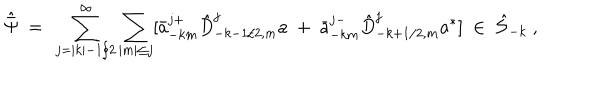
{ \hat { \bar { \Psi } } } \ = \ \sum _ { j = | k | - 1 / 2 } ^ { \infty } \sum _ { | m | \le j } [ { \bar { a } } _ { - k m } ^ { j + } { \hat { D } } _ { - k - 1 / 2 , m } ^ { j } a \ + \ { \bar { a } } _ { - k m } ^ { j - } { \hat { D } } _ { - k + 1 / 2 , m } ^ { j } a ^ { * } ] \ \in \ { \hat { \cal S } } _ { - k } \ ,